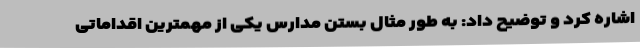
اشاره کرد و توضیح داد: به طور مثال بستن مدارس یکی از مهمترین اقداماتی